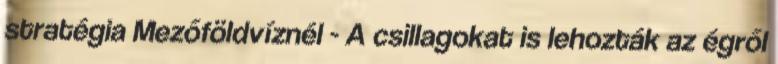
stratégia Mezőföldvíznél - A csillagokat is lehozták az égről